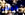
المحلى